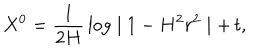
LaTeX: X ^ { 0 } = \frac { 1 } { 2 H } \, \log \mid 1 - H ^ { 2 } r ^ { 2 } \mid + \, t ,